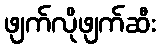
ဖျက်လိုဖျက်ဆီး